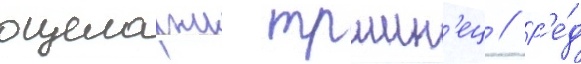
оцеларжи тршин'ец // Р'е́д